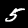
Digit: 5